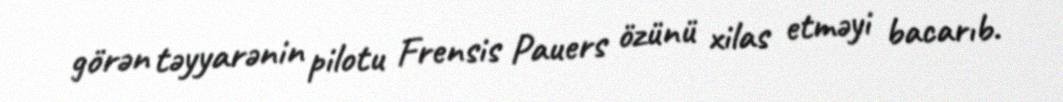
görən təyyarənin pilotu Frensis Pauers özünü xilas etməyi bacarıb.